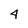
Character: 4